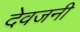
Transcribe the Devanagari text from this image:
देवजनी